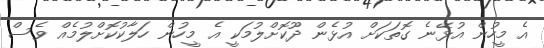
އެ މީހުން އުޅޭނެ ގޮތަކަށް އުޅެން ދޫކޮށްލުމަކީ އެ މީހުން ހަލާކުކޮށްލުމެއް ވެސް